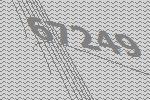
67249